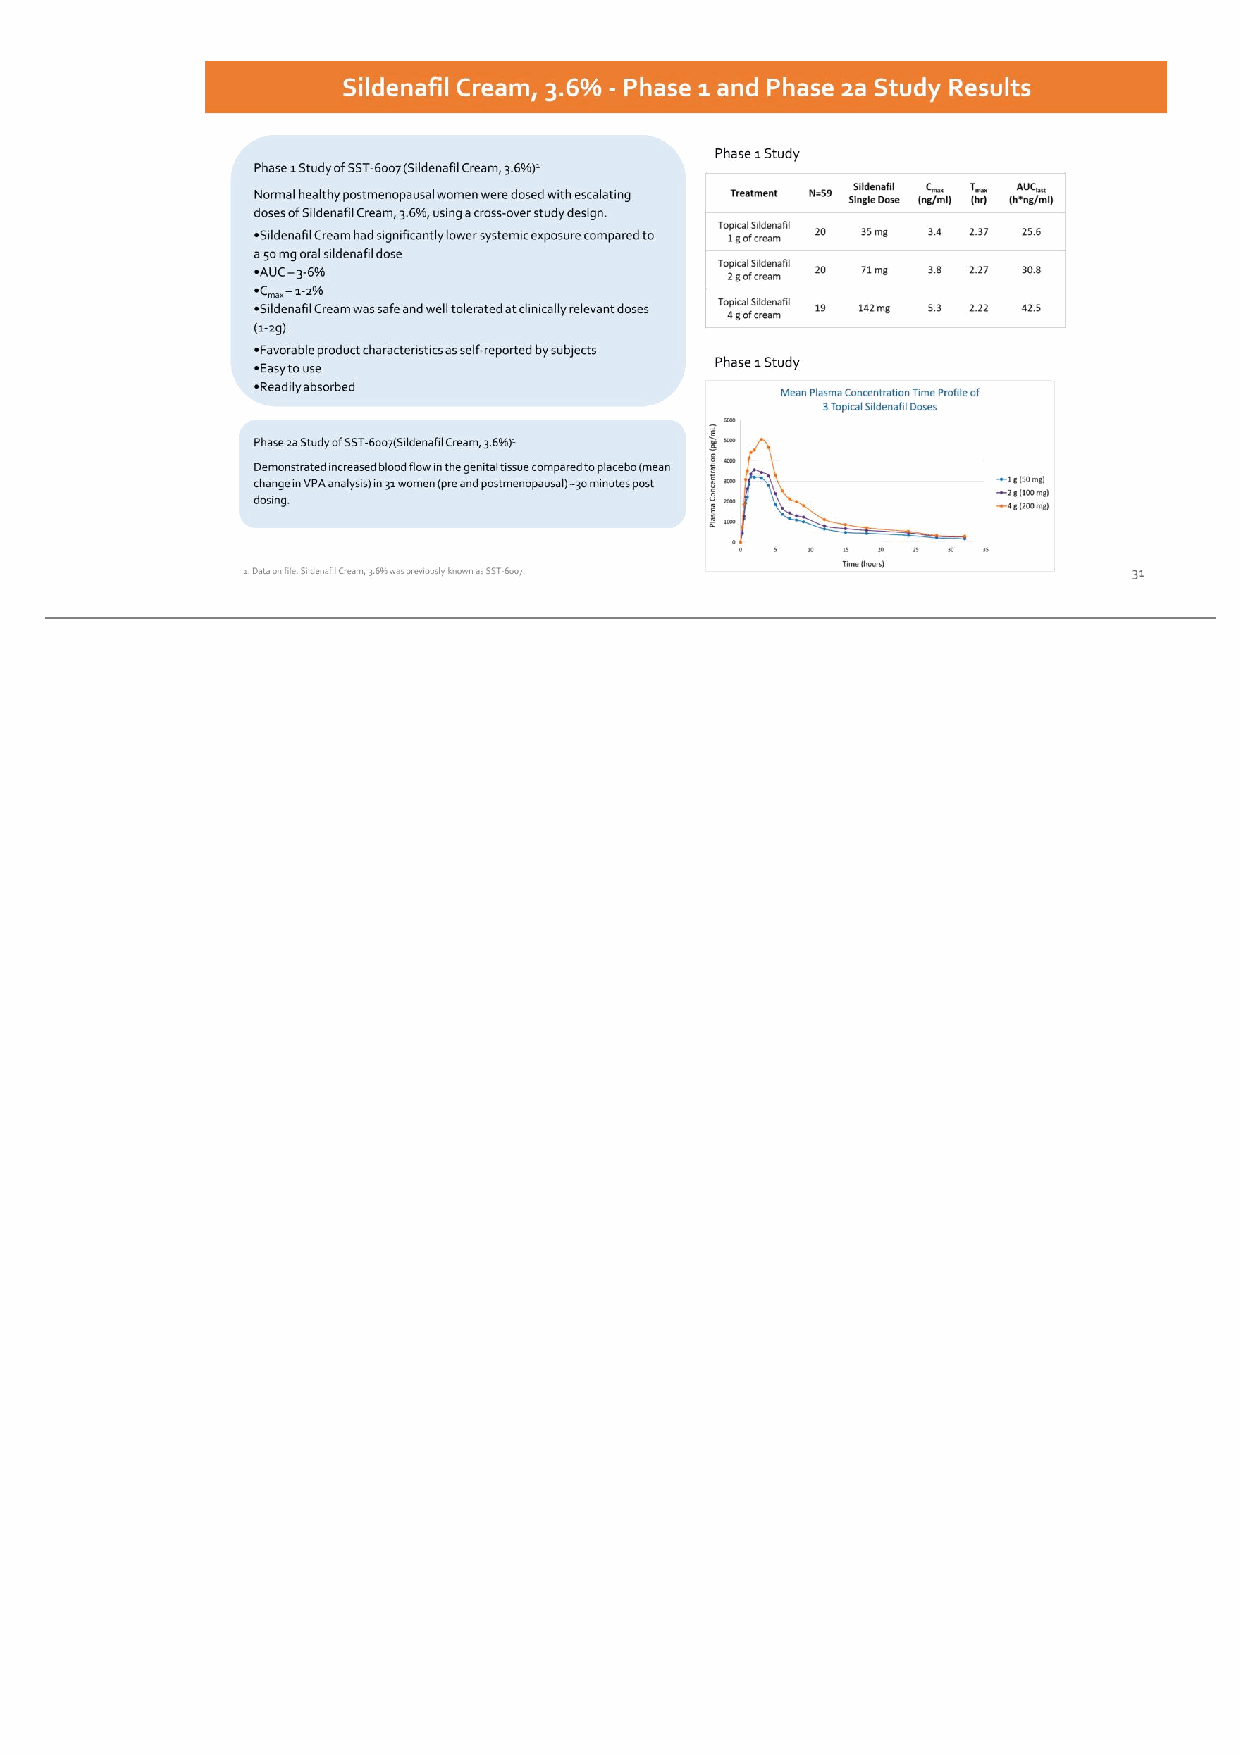
31 Phase 1 Study Phase 1 Study of SST-6007 (Sildenafil Cream, 3.6%)1 Normal healthy postmenopausal women were dosed with escalating doses of Sildenafil Cream, 3.6%, using a cross-over study design. •Sildenafil Cream had significantly lower systemic exposure compared to a 50 mg oral sildenafil dose •AUC – 3-6% •Cmax – 1-2% •Sildenafil Cream was safe and well tolerated at clinically relevant doses (1-2g) •Favorable product characteristics as self-reported by subjects •Easy to use •Readily absorbed Sildenafil Cream, 3.6% - Phase 1 and Phase 2a Study Results Phase 2a Study of SST-6007(Sildenafil Cream, 3.6%)1 Demonstrated increased blood flow in the genital tissue compared to placebo (mean change in VPA analysis) in 31 women (pre and postmenopausal) ~30 minutes post dosing. Phase 1 Study 1. Data on file. Sildenafil Cream, 3.6% was previously known as SST-6007.